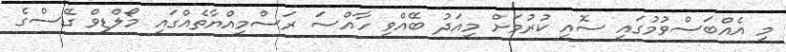
މި އެއްބަސްވުމުގައި ސޮއި ކުރުމަށް މިއަދު ބޭއްވި ހާއްސަ ރަސްމިއްޔާތެއްގައި މޯލްޑިވް ގޭސްގެ